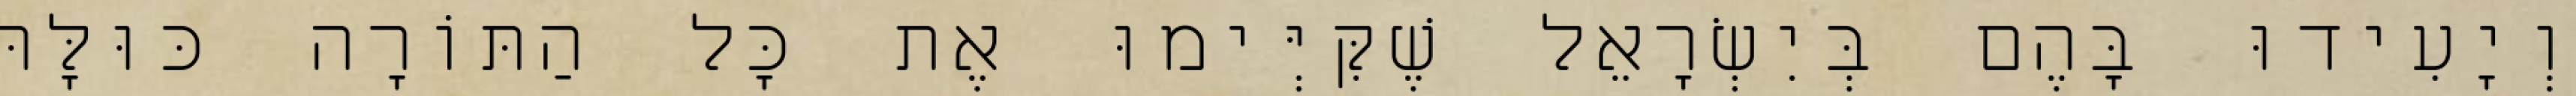
וְיָעִידוּ בָּהֶם בְּיִשְׂרָאֵל שֶׁקִּיְּימוּ אֶת כָּל הַתּוֹרָה כּוּלָּהּ